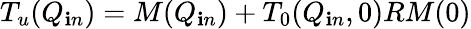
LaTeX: T_{u}(Q_{\mathbf{i}n})=M(Q_{\mathbf{i}n})+T_{0}(Q_{\mathbf{i}n},0)RM(0)